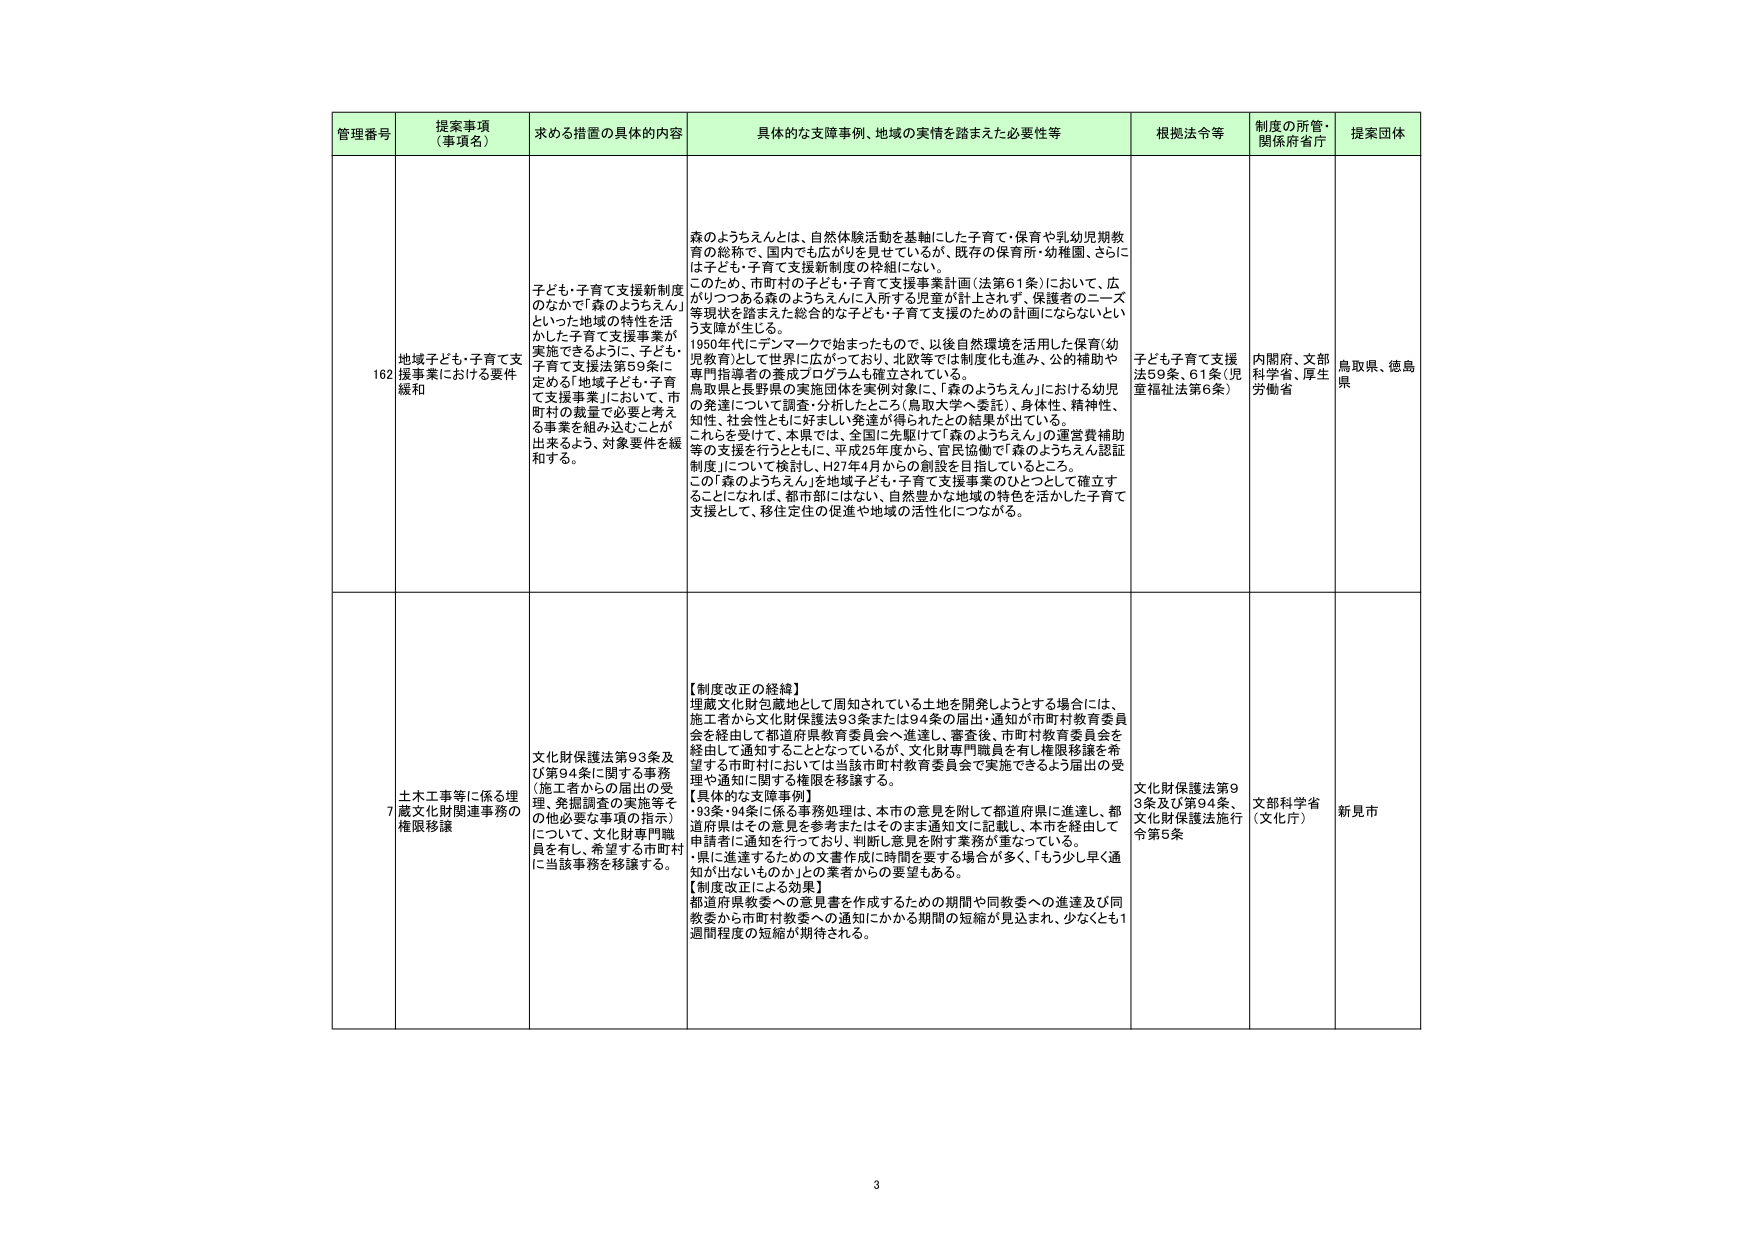
管理番号 提案事項（事項名） 求める措置の具体的内容 具体的な支障事例、地域の実情を踏まえた必要性等 根拠法令等 制度の所管・関係府省庁 提案団体

162 地域子ども・子育て支援事業における要件緩和 子ども・子育て支援新制度のなかで「森のようちえん」といった地域の特性を活かした子育て支援事業が実施できるように、子ども・子育て支援法第59条に定める「地域子ども・子育て支援事業」において、市町村の裁量で必要と考える事業を組み込むことが出来るよう、対象要件を緩和する。 森のようちえんとは、自然体験活動を基軸にした子育て・保育や乳幼児期教育の総称で、国内でも広がりを見せているが、既存の保育所・幼稚園、さらには子ども・子育て支援新制度の枠組にない。 このため、市町村の子ども・子育て支援事業計画（法第61条）において、広がりつつある森のようちえんに入所する児童が計上されず、保護者のニーズ等現状を踏まえた総合的な子ども・子育て支援のための計画にならないという支障が生じる。 1950年代にデンマークで始まったもので、以後自然環境を活用した保育（幼児教育）として世界に広がっており、北欧等では制度化も進み、公的補助や専門指導者の養成プログラムも確立されている。 鳥取県と長野県の実施団体を事例対象に、「森のようちえん」における幼児の発達について調査・分析したところ（鳥取大学へ委託）、身体性、精神性、知性、社会性ともに好ましい発達が得られたとの結果が出ている。 これらを受けて、本県では、全国に先駆けて「森のようちえん」の運営費補助等の支援を行うとともに、平成25年度から、官民協働で「森のようちえん認証制度」について検討し、H27年4月からの創設を目指しているところ。 この「森のようちえん」を地域子ども・子育て支援事業のひとつとして確立することになれば、都市部にはない、自然豊かな地域の特色を活かした子育て支援として、移住定住の促進や地域の活性化につながる。 子ども子育て支援法59条、61条（児童福祉法第6条） 内閣府、文部科学省、厚生労働省 鳥取県、徳島県

7 土木工事等に係る埋蔵文化財関連事務の権限移譲 文化財保護法第93条及び第94条に関する事務（施工者からの届出の受理、発掘調査の実施等その他必要な事項の指示）について、文化財専門職員を有し、希望する市町村に当該事務を移譲する。 【制度改正の経緯】 埋蔵文化財包蔵地として周知されている土地を開発しようとする場合には、施工者から文化財保護法93条または94条の届出・通知が市町村教育委員会を経由して都道府県教育委員会へ進達し、審査後、市町村教育委員会を経由して通知することとなっているが、文化財専門職員を有し権限移譲を希望する市町村においては当該市町村教育委員会で実施できるよう届出の受理や通知に関する権限を移譲する。 【具体的な支障事例】 ・93条・94条に係る事務処理は、本市の意見を附して都道府県に進達し、都道府県はその意見を参考またはそのまま通知文に記載し、本市を経由して申請者に通知を行っており、判断し意見を附す業務が重なっている。 ・県に進達するための文書作成に時間を要する場合が多く、「もう少し早く通知が出ないものか」との業者からの要望もある。 【制度改正による効果】 都道府県教委への意見書を作成するための期間や同教委への進達及び同教委から市町村教委への通知にかかる期間の短縮が見込まれ、少なくとも1週間程度の短縮が期待される。 文化財保護法第93条及び第94条、文化財保護法施行令第5条 文部科学省（文化庁） 新見市

3